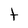
Character: t